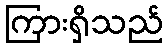
ကြားရှိသည်